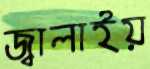
জ্বালাইয়